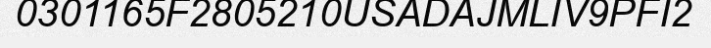
0301165F2805210USADAJMLIV9PFI2